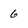
Character: 6